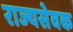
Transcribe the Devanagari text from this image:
राज्यसेवक